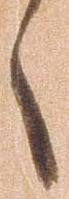
候